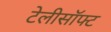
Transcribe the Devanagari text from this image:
टेलीसॉफ्ट